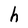
Character: h